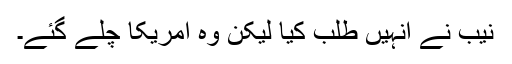
نیب نے انہیں طلب کیا لیکن وہ امریکا چلے گئے۔